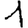
Digit: 1